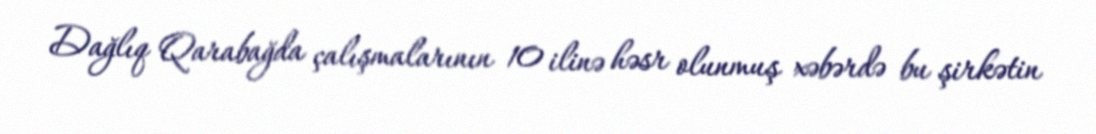
Dağlıq Qarabağda çalışmalarının 10 ilinə həsr olunmuş xəbərdə bu şirkətin